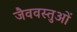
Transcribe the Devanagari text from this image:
जैववस्तुओं